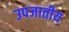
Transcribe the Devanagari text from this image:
उपजातीय